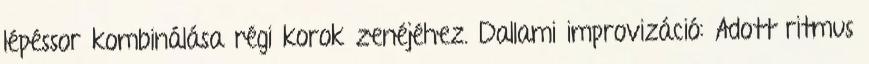
lépéssor kombinálása régi korok zenéjéhez. Dallami improvizáció: Adott ritmus